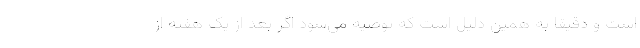
است و دقیقا به همین دلیل است که توصیه می‌شود اگر بعد از یک هفته از